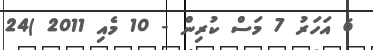
6 އަހަރު 7 މަސް ކުރިން - 10 މެއި 2011 )24